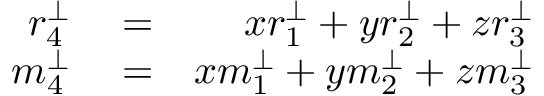
\begin{array} { r l r } { r _ { 4 } ^ { \perp } } & { { } = } & { x r _ { 1 } ^ { \perp } + y r _ { 2 } ^ { \perp } + z r _ { 3 } ^ { \perp } } \\ { m _ { 4 } ^ { \perp } } & { { } = } & { x m _ { 1 } ^ { \perp } + y m _ { 2 } ^ { \perp } + z m _ { 3 } ^ { \perp } } \end{array}